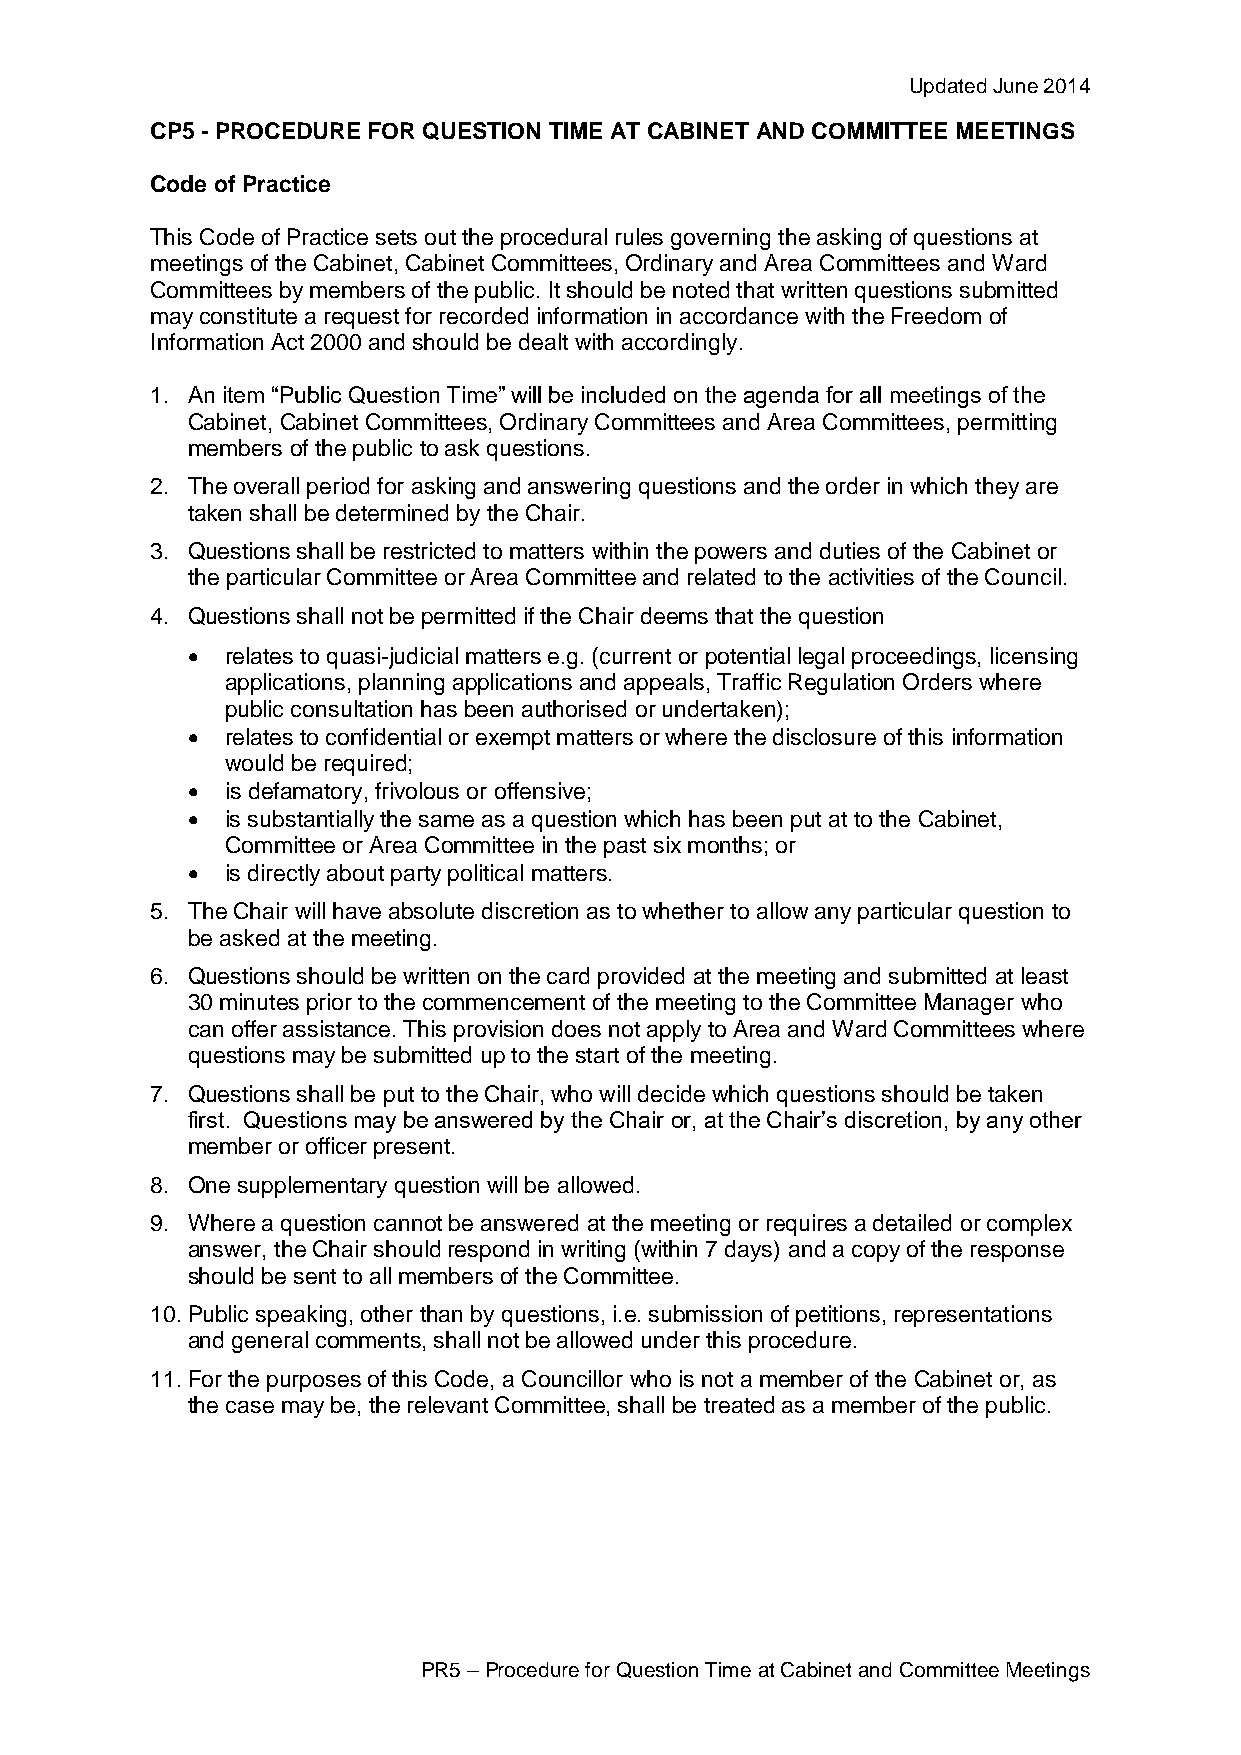
Updated June 2014
 CP5 - PROCEDURE FOR QUESTION TIME AT CABINET AND COMMITTEE MEETINGS
 Code of Practice
 This Code of Practice sets out the procedural rules governing the asking of questions at
 meetings of the Cabinet, Cabinet Committees, Ordinary and Area Committees and Ward
 Committees by members of the public. It should be noted that written questions submitted
 may constitute a request for recorded information in accordance with the Freedom of
 Information Act 2000 and should be dealt with accordingly.
 1. An item “Public Question Time” will be included on the agenda for all meetings of the
 Cabinet, Cabinet Committees, Ordinary Committees and Area Committees, permitting
 members of the public to ask questions.
 2. The overall period for asking and answering questions and the order in which they are
 taken shall be determined by the Chair.
 3. Questions shall be restricted to matters within the powers and duties of the Cabinet or
 the particular Committee or Area Committee and related to the activities of the Council.
 4. Questions shall not be permitted if the Chair deems that the question
   relates to quasi-judicial matters e.g. (current or potential legal proceedings, licensing
 applications, planning applications and appeals, Traffic Regulation Orders where
 public consultation has been authorised or undertaken);
   relates to confidential or exempt matters or where the disclosure of this information
 would be required;
   is defamatory, frivolous or offensive;
   is substantially the same as a question which has been put at to the Cabinet,
 Committee or Area Committee in the past six months; or
   is directly about party political matters.
 5. The Chair will have absolute discretion as to whether to allow any particular question to
 be asked at the meeting.
 6. Questions should be written on the card provided at the meeting and submitted at least
 30 minutes prior to the commencement of the meeting to the Committee Manager who
 can offer assistance. This provision does not apply to Area and Ward Committees where
 questions may be submitted up to the start of the meeting.
 7. Questions shall be put to the Chair, who will decide which questions should be taken
 first. Questions may be answered by the Chair or, at the Chair’s discretion, by any other
 member or officer present.
 8. One supplementary question will be allowed.
 9. Where a question cannot be answered at the meeting or requires a detailed or complex
 answer, the Chair should respond in writing (within 7 days) and a copy of the response
 should be sent to all members of the Committee.
 10. Public speaking, other than by questions, i.e. submission of petitions, representations
 and general comments, shall not be allowed under this procedure.
 11. For the purposes of this Code, a Councillor who is not a member of the Cabinet or, as
 the case may be, the relevant Committee, shall be treated as a member of the public.
 PR5 – Procedure for Question Time at Cabinet and Committee Meetings